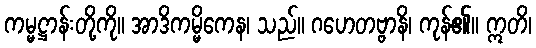
ကမ္မဋ္ဌာန်းတို့ကို။ အာဒိကမ္မိကေန၊ သည်။ ဂဟေတဗ္ဗာနိ၊ ကုန်၏။ ဣတိ၊